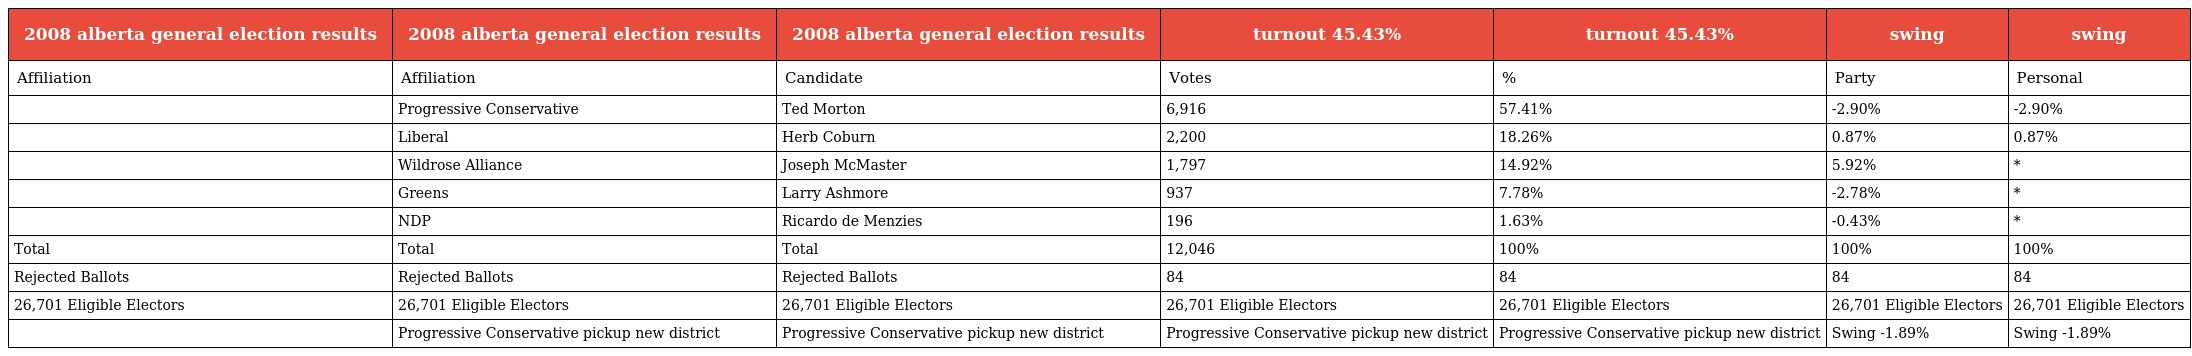
| 2008 alberta general election results | 2008 alberta general election results | 2008 alberta general election results | turnout 45.43% | turnout 45.43% | swing | swing |
 | --- | --- | --- | --- | --- | --- | --- |
 | Affiliation | Affiliation | Candidate | Votes | % | Party | Personal |
 |  | Progressive Conservative | Ted Morton | 6,916 | 57.41% | -2.90% | -2.90% |
 |  | Liberal | Herb Coburn | 2,200 | 18.26% | 0.87% | 0.87% |
 |  | Wildrose Alliance | Joseph McMaster | 1,797 | 14.92% | 5.92% | * |
 |  | Greens | Larry Ashmore | 937 | 7.78% | -2.78% | * |
 |  | NDP | Ricardo de Menzies | 196 | 1.63% | -0.43% | * |
 | Total | Total | Total | 12,046 | 100% | 100% | 100% |
 | Rejected Ballots | Rejected Ballots | Rejected Ballots | 84 | 84 | 84 | 84 |
 | 26,701 Eligible Electors | 26,701 Eligible Electors | 26,701 Eligible Electors | 26,701 Eligible Electors | 26,701 Eligible Electors | 26,701 Eligible Electors | 26,701 Eligible Electors |
 |  | Progressive Conservative pickup new district | Progressive Conservative pickup new district | Progressive Conservative pickup new district | Progressive Conservative pickup new district | Swing -1.89% | Swing -1.89% |